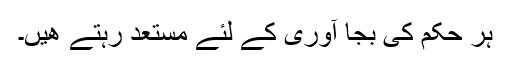
ہر حکم کی بجا آوری کے لئے مستعد رہتے ھیں۔